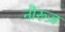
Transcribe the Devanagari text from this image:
नौरूज़